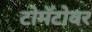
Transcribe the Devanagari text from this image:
टोमॅटोवर